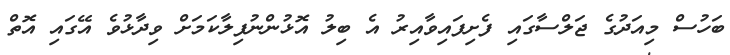
ބަހުސް މިއަދުގެ ޖަލްސާގައި ފެށިފައިވާއިރު އެ ބިލު އޮޅުންނުފިލާކަމަށް ވިދާޅުވެ އޭގައި އޮތް